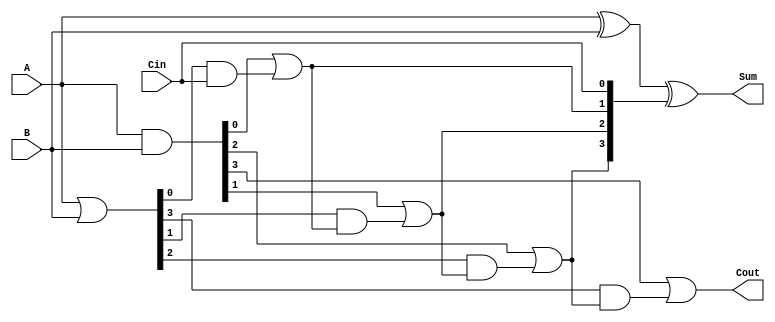
module CarryInLookaheadAdder #(parameter N = 4) (
    input  [N-1:0] A,      // First n-bit input
    input  [N-1:0] B,      // Second n-bit input
    input         Cin,      // Carry In
    output [N-1:0] Sum,     // Result Sum
    output        Cout       // Carry Out
);

    wire [N-1:0] G;         // Generate signals
    wire [N-1:0] P;         // Propagate signals
    wire [N:0] C;           // Carry signals, C[0] = Cin

    // Generate and Propagate
    assign G = A & B;       // Generate: G[i] = A[i] & B[i]
    assign P = A | B;       // Propagate: P[i] = A[i] | B[i]

    // Carry generation logic
    assign C[0] = Cin;      // C[0] = Cin

    genvar i;
    generate
        for (i = 0; i < N; i = i + 1) begin : carry_logic
            if (i == 0) begin
                assign C[i+1] = G[i] | (P[i] & C[i]);  // C[i+1] = G[i] + (P[i] * C[i])
            end else begin
                assign C[i+1] = G[i] | (P[i] & C[i]);  // C[i+1] = G[i] + (P[i] * C[i])
            end
        end
    endgenerate

    // Sum calculation
    assign Sum = A ^ B ^ C[N-1:0]; // S[i] = A[i] XOR B[i] XOR C[i]

    // Final Carry Out
    assign Cout = C[N];  // Cout = C[n]

endmodule